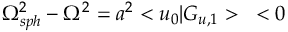
{ \Omega _ { s p h } ^ { 2 } } - { \Omega } ^ { 2 } = a ^ { 2 } < u _ { 0 } | G _ { u , 1 } > \; \; \; < 0